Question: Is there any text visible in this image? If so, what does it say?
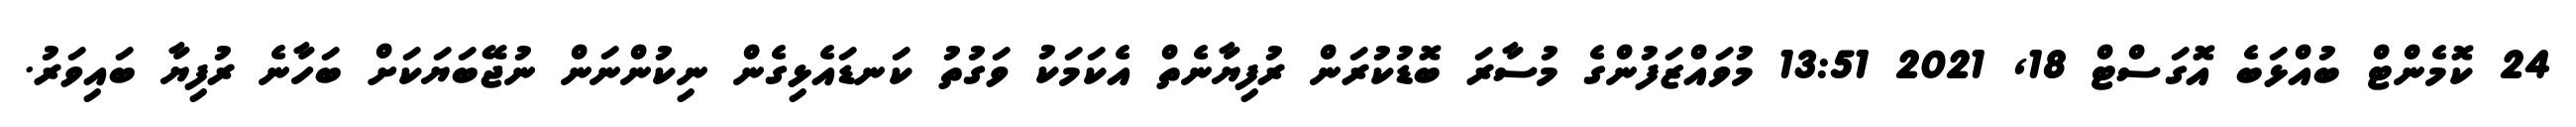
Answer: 24 ކޮމެންޓް ބުއްޅަބެ އޮގަސްޓް 18, 2021 13:51 މުވައްޒަފުންގެ މުސާރަ ބޮޑުކުރަން ރުފިޔާނެތް އެކަމަކު ވަގުތު ކަނޑައެޅިގެން ނިކުންނަން ނުޖޭބަޔަކަށް ބަހާނެ ރުފިޔާ ބައިވަރު.